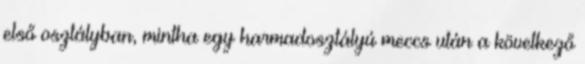
első osztályban, mintha egy harmadosztályú meccs után a következő